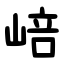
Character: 㟝